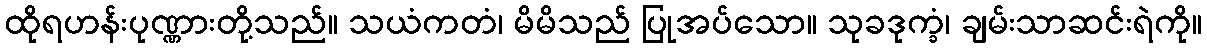
ထိုရဟန်းပုဏ္ဏားတို့သည်။ သယံကတံ၊ မိမိသည် ပြုအပ်သော။ သုခဒုက္ခံ၊ ချမ်းသာဆင်းရဲကို။